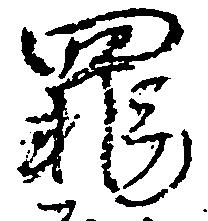
罪